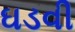
ઘડવી